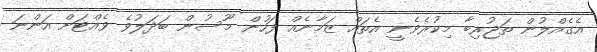
އެގެއްލުން ތަޖުރިބާ މިކުރެވެނީ އެތައް ޒަމާނެއް ފަހުން މޫސުން ބަދަލުވެ ވެއްޓަށް އަންނަ